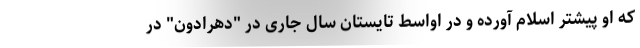
که او پیشتر اسلام آورده و در اواسط تایستان سال جاری در "دهرادون" در